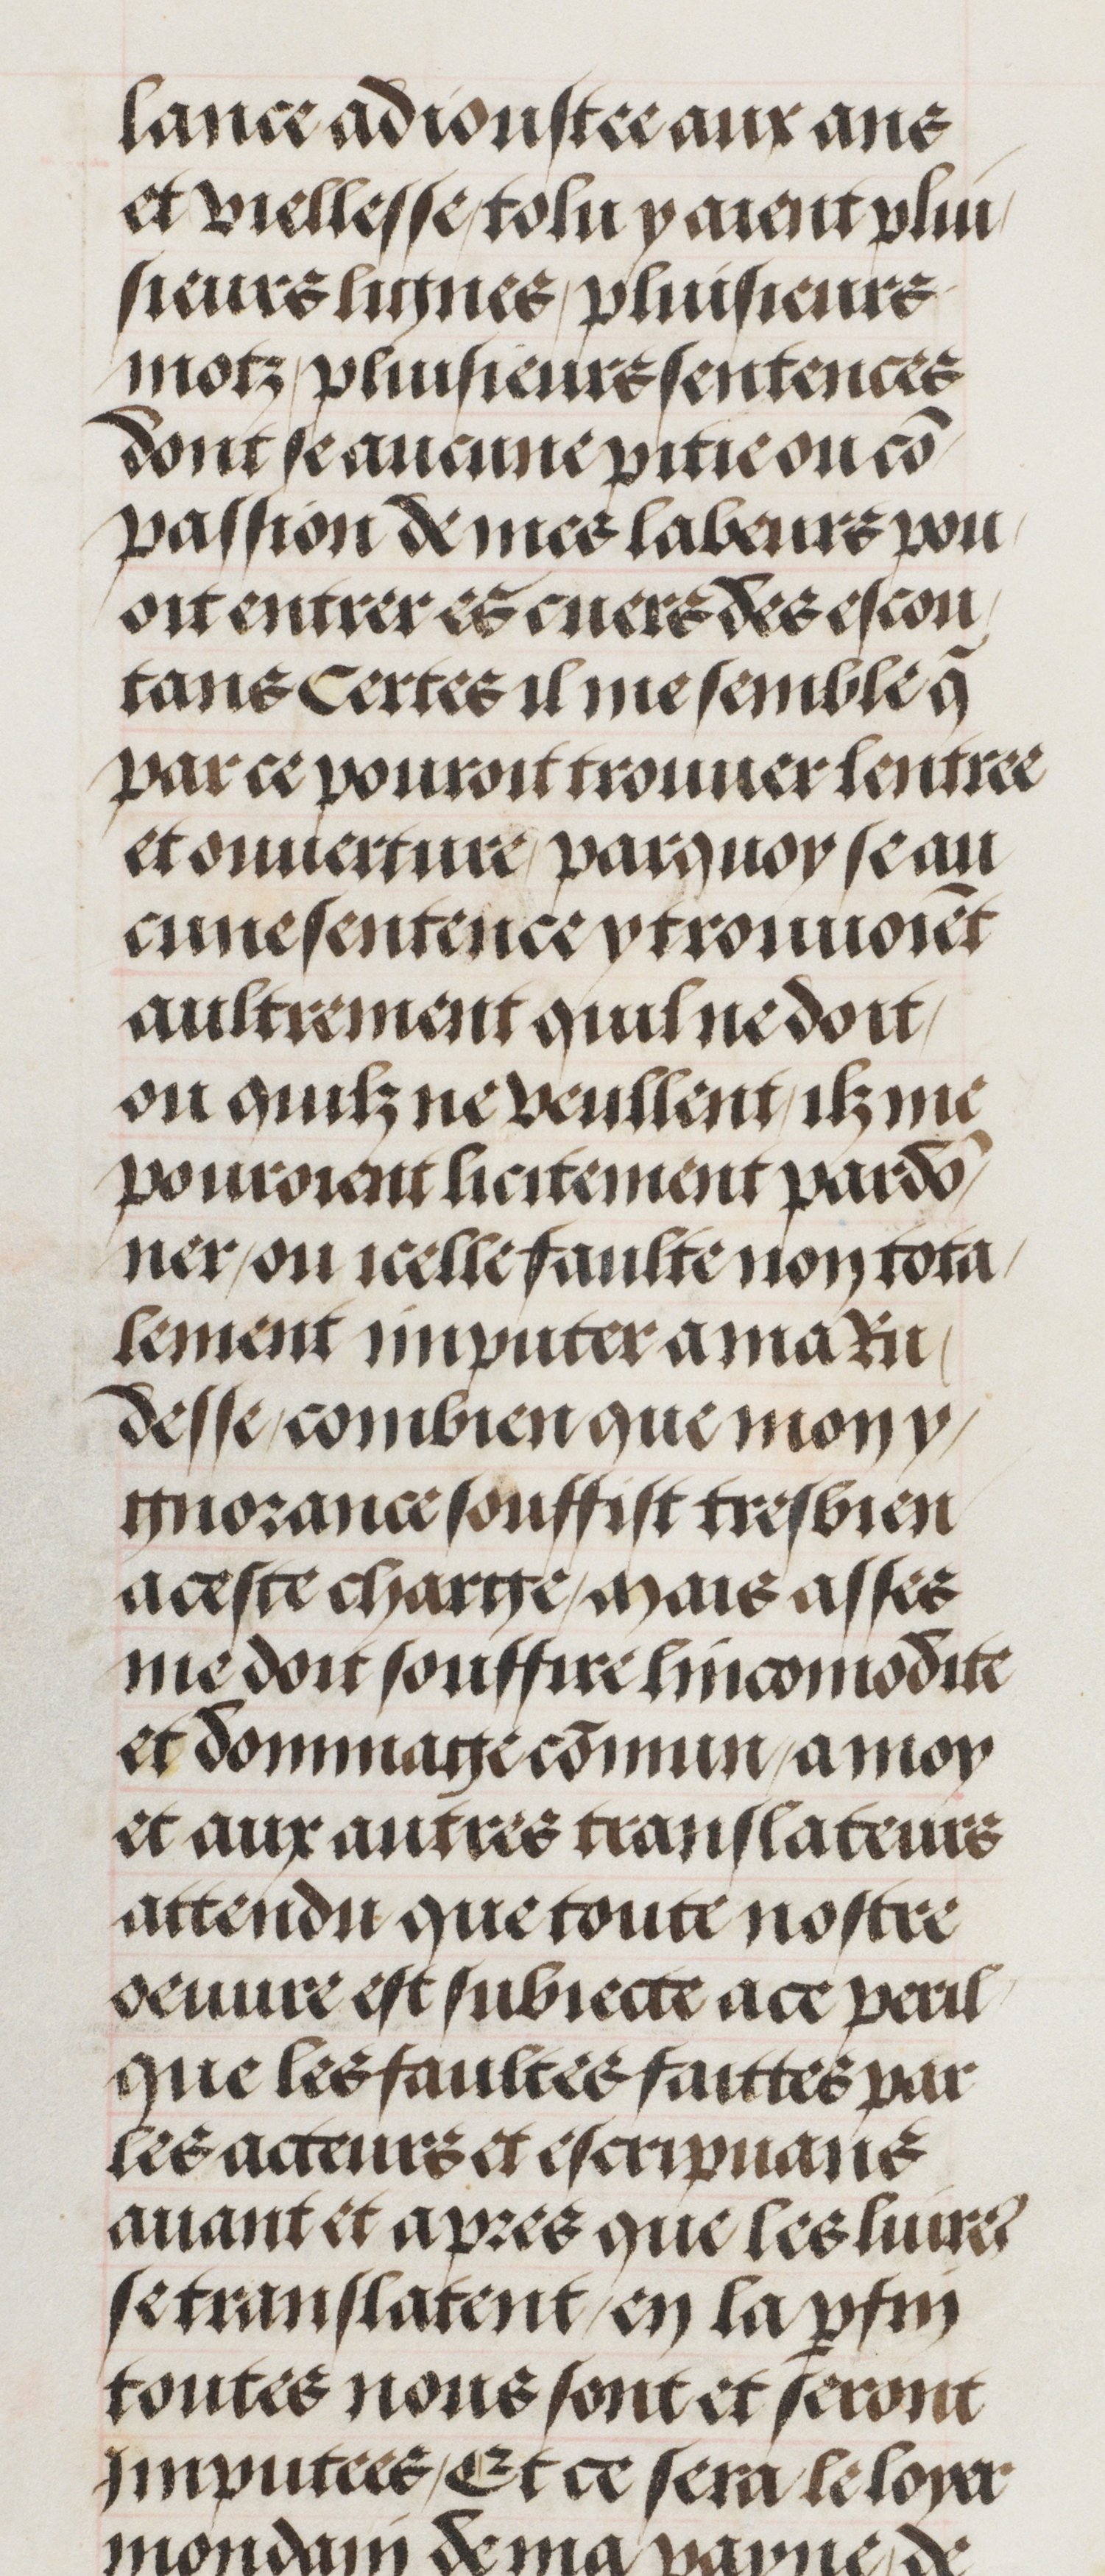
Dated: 1460–1515